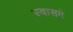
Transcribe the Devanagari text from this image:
स्वासने